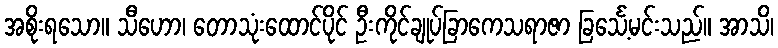
အစိုးရသော။ သီဟော၊ တောသုံးထောင်ပိုင် ဦးကိုင်ချုပ်ခြာကေသရာဇာ ခြင်္သေ့မင်းသည်။ အာသိ၊